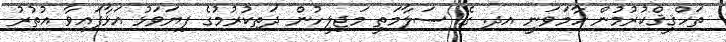
ތަހްޤީޤްކުރުމުން ހާމަވަނީ އދ. ގެ ސަލާމަތީ މަޖިލީހުން ދަތިކުރުމުގެ ފިޔަވަޅު އަޅާފައިވާ އުތުރު